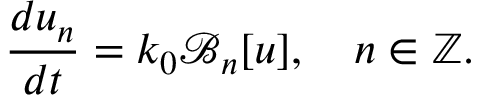
\frac { d u _ { n } } { d t } = k _ { 0 } \mathcal { B } _ { n } [ u ] , \quad n \in \mathbb { Z } .